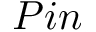
P i n